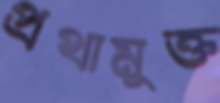
প্রথামুক্ত